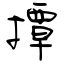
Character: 撢